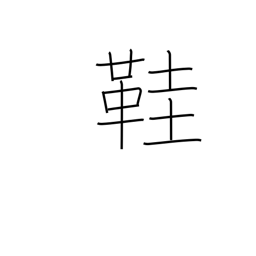
Meaning: straw sandals